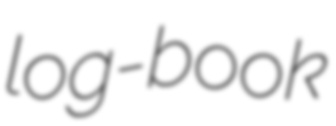
log-book